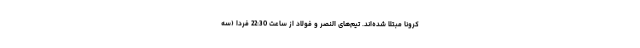
کرونا مبتلا شده‌اند. تیم‌های النصر و فولاد از ساعت 22:30 فردا (سه